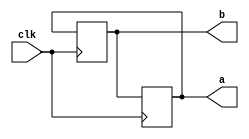
`timescale 1ns / 1ps
module swap_block_onetemp(
    output reg [3:0] a,
    output reg [3:0] b,
    input clk
    );
	 initial
	 begin
   //assign initial values for a and b
	 a = 4;
	 b = 3;
	 end
	 integer temp;
	 always@(posedge clk)
	 begin
   //swap numbers at every posedge of the clock
	 temp = a;
	 a = b;
	 b = temp;	
	 end
endmodule